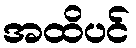
အထိပင်